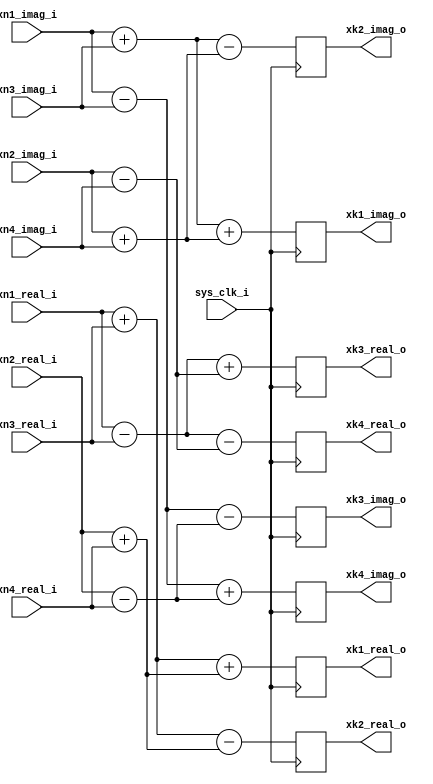

module butterfly_n4_base_n4 #(
    parameter                           DATA_WIDTH                = 32
) (
    input                               sys_clk_i                  ,

    input       signed [DATA_WIDTH-1: 0]xn1_real_i                 ,
    input       signed [DATA_WIDTH-1: 0]xn2_real_i                 ,
    input       signed [DATA_WIDTH-1: 0]xn3_real_i                 ,
    input       signed [DATA_WIDTH-1: 0]xn4_real_i                 ,

    input       signed [DATA_WIDTH-1: 0]xn1_imag_i                 ,
    input       signed [DATA_WIDTH-1: 0]xn2_imag_i                 ,
    input       signed [DATA_WIDTH-1: 0]xn3_imag_i                 ,
    input       signed [DATA_WIDTH-1: 0]xn4_imag_i                 ,

    output reg  signed [DATA_WIDTH: 0]  xk1_real_o                 ,
    output reg  signed [DATA_WIDTH: 0]  xk2_real_o                 ,
    output reg  signed [DATA_WIDTH: 0]  xk3_real_o                 ,
    output reg  signed [DATA_WIDTH: 0]  xk4_real_o                 ,

    output reg  signed [DATA_WIDTH: 0]  xk1_imag_o                 ,
    output reg  signed [DATA_WIDTH: 0]  xk2_imag_o                 ,
    output reg  signed [DATA_WIDTH: 0]  xk3_imag_o                 ,
    output reg  signed [DATA_WIDTH: 0]  xk4_imag_o                  
);
// ********************************************************************************** // 
//---------------------------------------------------------------------
// localparam and regs
//---------------------------------------------------------------------
    reg      signed    [DATA_WIDTH: 0]  dataA_real                 ;
    reg      signed    [DATA_WIDTH: 0]  dataB_real                 ;
    reg      signed    [DATA_WIDTH: 0]  dataC_real                 ;
    reg      signed    [DATA_WIDTH: 0]  dataD_real                 ;

    reg      signed    [DATA_WIDTH: 0]  dataA_imag                 ;
    reg      signed    [DATA_WIDTH: 0]  dataB_imag                 ;
    reg      signed    [DATA_WIDTH: 0]  dataC_imag                 ;
    reg      signed    [DATA_WIDTH: 0]  dataD_imag                 ;

    reg      signed    [DATA_WIDTH: 0]  dataA1_real                ;
    reg      signed    [DATA_WIDTH: 0]  dataB1_real                ;
    reg      signed    [DATA_WIDTH: 0]  dataC1_real                ;
    reg      signed    [DATA_WIDTH: 0]  dataD1_real                ;

    reg      signed    [DATA_WIDTH: 0]  dataA1_imag                ;
    reg      signed    [DATA_WIDTH: 0]  dataB1_imag                ;
    reg      signed    [DATA_WIDTH: 0]  dataC1_imag                ;
    reg      signed    [DATA_WIDTH: 0]  dataD1_imag                ;
// ********************************************************************************** // 
//---------------------------------------------------------------------
// Wn
//---------------------------------------------------------------------
always@(*)begin
    dataA_real = xn1_real_i + xn3_real_i;
    dataA_imag = xn1_imag_i + xn3_imag_i;

    dataB_real = xn2_real_i + xn4_real_i;
    dataB_imag = xn2_imag_i + xn4_imag_i;

    dataC_real = xn1_real_i - xn3_real_i;
    dataC_imag = xn1_imag_i - xn3_imag_i;

    dataD_real = xn2_real_i - xn4_real_i;
    dataD_imag = xn2_imag_i - xn4_imag_i;
end

always@(posedge sys_clk_i)begin
    dataA1_real <= dataA_real + dataB_real;
    dataA1_imag <= dataA_imag + dataB_imag;

    dataB1_real <= dataA_real - dataB_real;
    dataB1_imag <= dataA_imag - dataB_imag;

    dataC1_real <= dataC_real + dataD_imag;
    dataC1_imag <= dataC_imag - dataD_real;

    dataD1_real <= dataC_real - dataD_imag;
    dataD1_imag <= dataC_imag + dataD_real;
end

always@(*)begin
    xk1_real_o = dataA1_real;
    xk1_imag_o = dataA1_imag;

    xk2_real_o = dataB1_real;
    xk2_imag_o = dataB1_imag;

    xk3_real_o = dataC1_real;
    xk3_imag_o = dataC1_imag;

    xk4_real_o = dataD1_real;
    xk4_imag_o = dataD1_imag;
end

endmodule